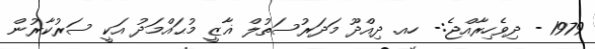
1979 - ދިވެހިރާއްޖެ:- ހއ. ދިއްދޫ މަދަރުސަތުލް ޣާޒީ މުޙައްމަދު އަކީ ސަރުކާރުން